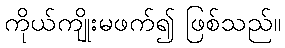
ကိုယ်ကျိုးမဖက်၍ ဖြစ်သည်။